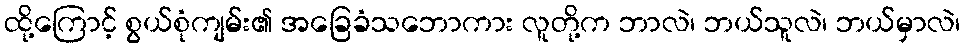
ထို့ကြောင့် စွယ်စုံကျမ်း၏ အခြေခံသဘောကား လူတို့က ဘာလဲ၊ ဘယ်သူလဲ၊ ဘယ်မှာလဲ၊